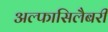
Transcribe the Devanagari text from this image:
अल्फासिलैबरी